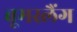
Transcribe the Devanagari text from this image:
बूमस्लैंग